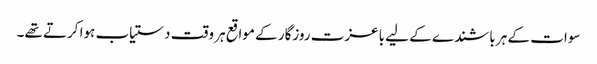
سوات کے ہر باشندے کے لیے باعزت روزگار کے مواقع ہر وقت دستیاب ہوا کرتے تھے۔